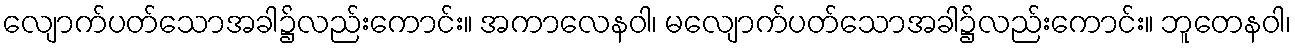
လျောက်ပတ်သောအခါ၌လည်းကောင်း။ အကာလေနဝါ၊ မလျောက်ပတ်သောအခါ၌လည်းကောင်း။ ဘူတေနဝါ၊